Leaving Certificate Examination, 1914
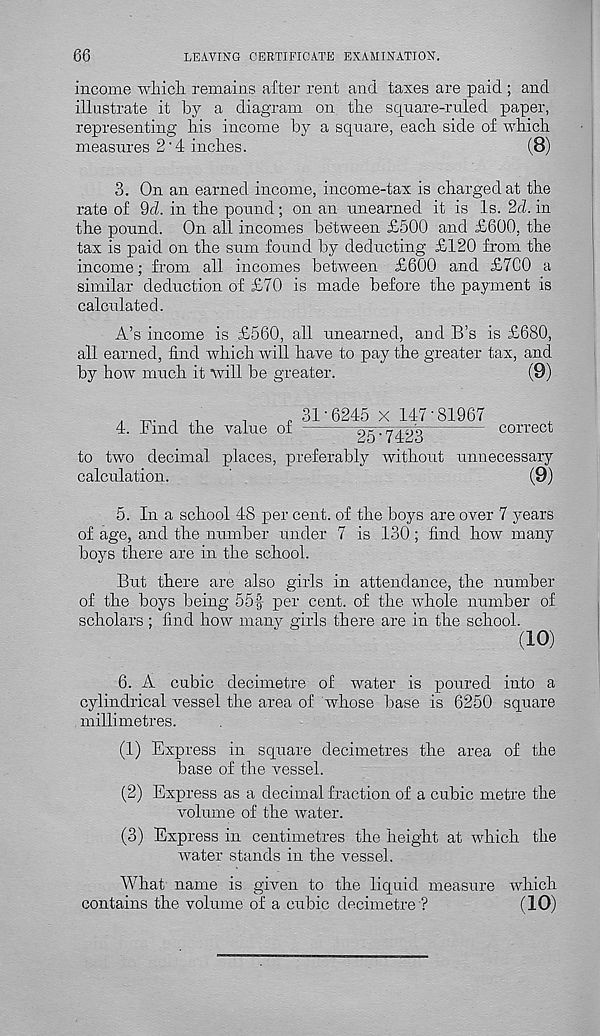
66
LEAVING CERTIFICATE EXAMINATION.
income which remains after rent and taxes are paid ; and
illustrate it by a diagram on the square-ruled paper,
representing his income by a square, each side of which
measures 2'4 inches.
(8)
3. On an earned income, income-tax is charged at the
rate of Qd. in the pound; on an unearned it is Is. 2d. in
the pound. On all incomes between £500 and £600, the
tax is paid on the sum found by deducting £120 from the
income; from all incomes between £600 and £7CO a
similar deduction of £70 is made before the payment is
calculated.
A’s income is £560, all unearned, and B’s is £680,
all earned, find which will have to pay the greater tax, and
by how much it will be greater.
(9)
4. Find the value of
31-6245 x 147-81967
~ 25-7423 "
correct
to two decimal places, preferably without unnecessary
calculation.
(9)
5. In a school 48 per cent, of the boys are over 7 years
of age, and the number under 7 is 130 ; find how many
boys there are in the school.
But there are also girls in attendance, the number
of the boys being 55f per cent, of the whole number of
scholars ; find how many girls there are in the school.
(10)
6. A cubic decimetre of water is poured into a
cylindrical vessel the area of whose base is 6250 square
millimetres.
(1) Express in square decimetres the area of the
base of the vessel.
(2) Express as a decimal fraction of a cubic metre the
volume of the water.
(3) Express in centimetres the height at which the
water stands in the vessel.
What name is given to the liquid measure which
contains the volume of a cubic decimetre ?
(10)